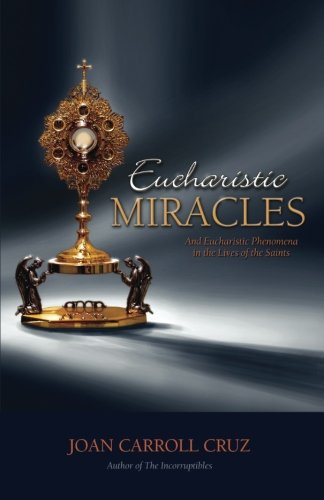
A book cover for Eucharistic Miracles and Eucharistic Phenomena in the Lives of the Saints; Joan Carroll Cruz; Christian Books & Bibles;